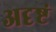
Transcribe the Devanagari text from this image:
अदृष्टं